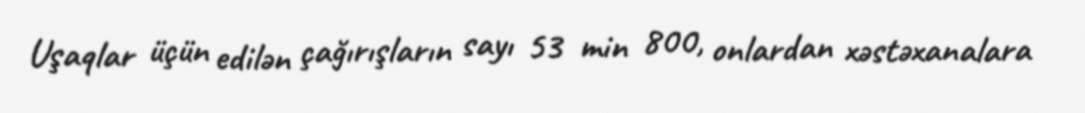
Uşaqlar üçün edilən çağırışların sayı 53 min 800, onlardan xəstəxanalara